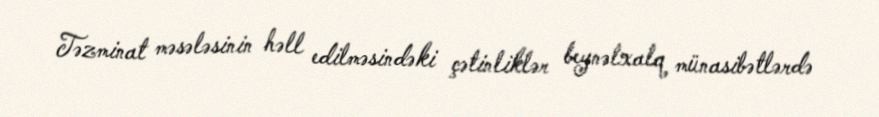
Təzminat məsələsinin həll edilməsindəki çətinliklər beynəlxalq münasibətlərdə